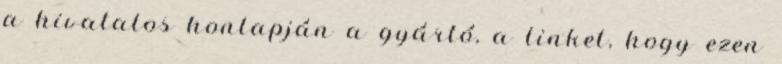
a hivatalos honlapján a gyártó, a linket, hogy ezen